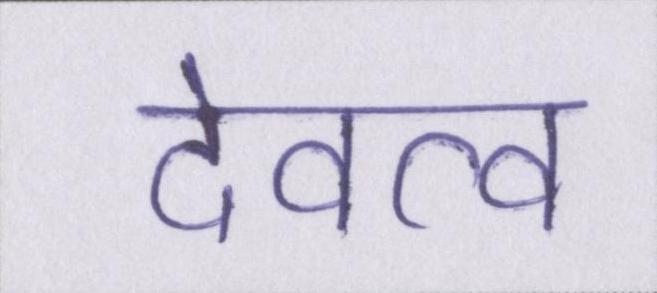
देवत्व